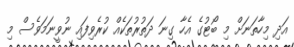
އަދި މިހާތަނަށް މި ބޯޓުގެ އެހާ ގިނަ ދަތުރުތަކެއް ކުރެވިފައި ނުވީނަމަވެސް މި